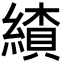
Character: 𦄗